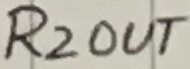
Text: R2OUT